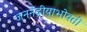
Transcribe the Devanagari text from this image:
जननेंद्रीयाभोवती